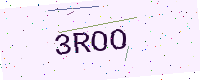
Text: 3ROO